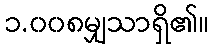
၁.၀၀၈မျှသာရှိ၏။